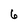
Character: 6